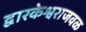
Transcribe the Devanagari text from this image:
द्वारकेश्वराजवळ